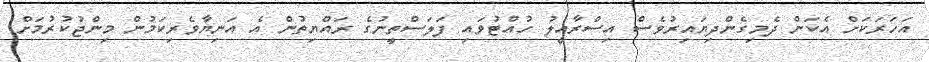
އަހަރަކަށް އެކަން ދެމިގެންދިޔައިރުވެސް އިސްރާއީލު ހުއްޓުވައި ފަލަސްތީނުގެ ރައްޔިތުން އެ އަނިޔާވެރިކަމުން މިންޖުކުރުމަށް